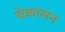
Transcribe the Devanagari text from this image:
बेकालन